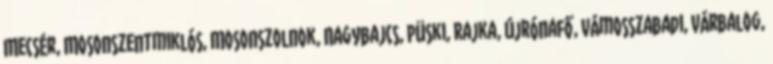
Mecsér, Mosonszentmiklós, Mosonszolnok, Nagybajcs, Püski, Rajka, Újrónafő, Vámosszabadi, Várbalog,